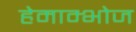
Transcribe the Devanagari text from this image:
हेमाम्भोज